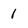
Character: 1